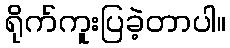
ရိုက်ကူးပြခဲ့တာပါ။